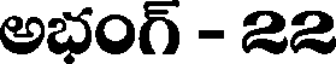
అభంగ్ - 22